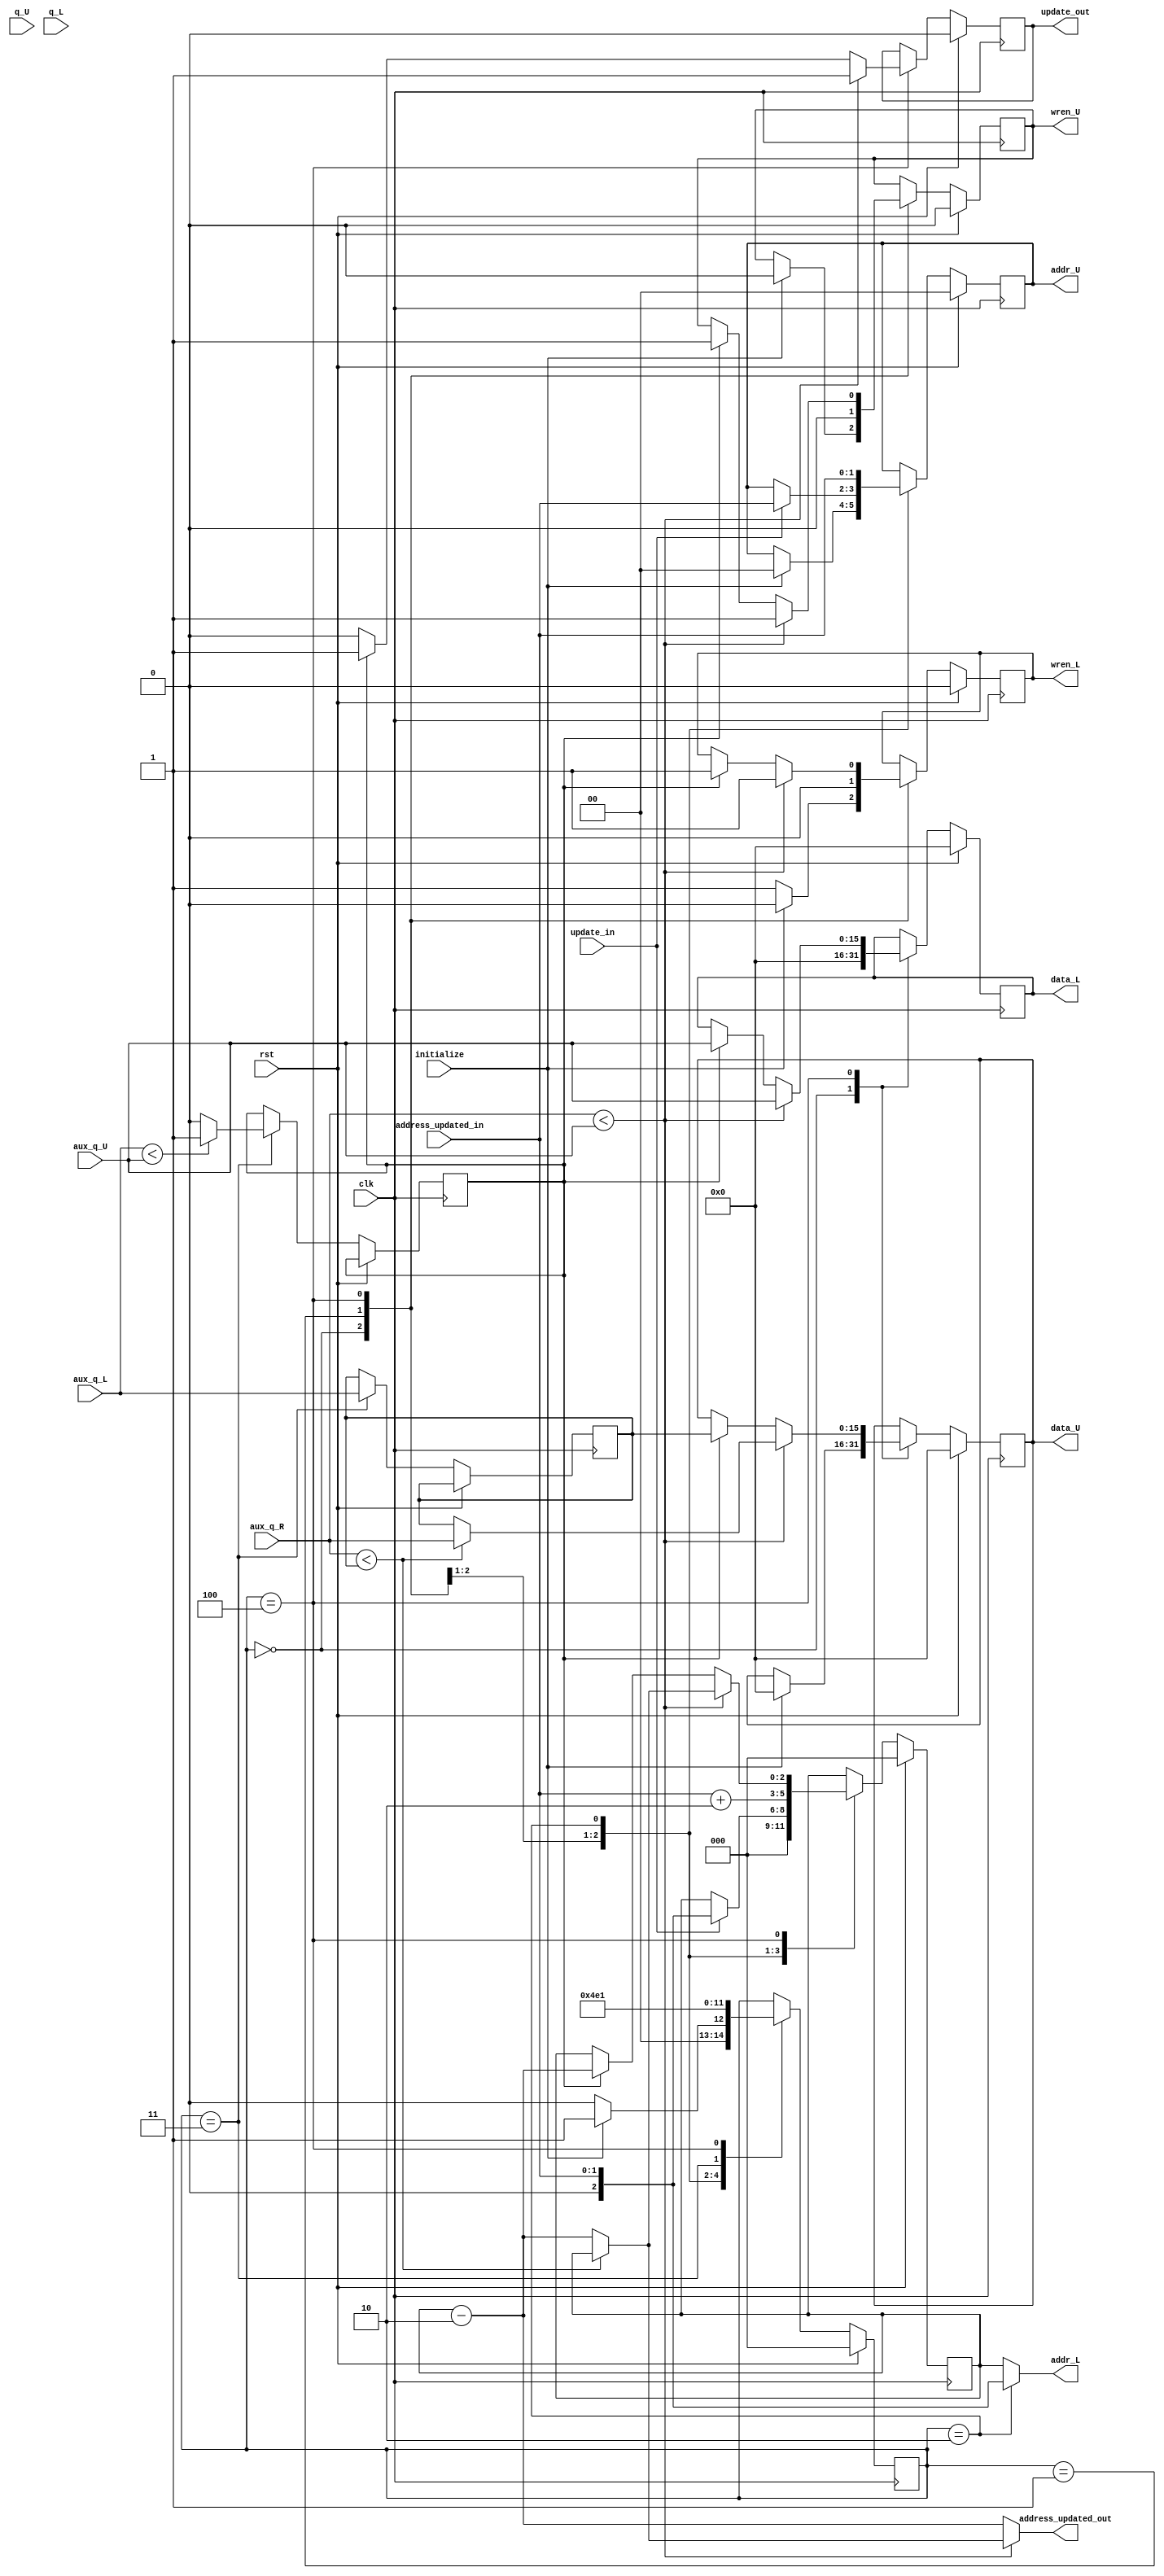
module sorting_node	 #(parameter LEVEL = 2,
								parameter WIDTH = 15,
								parameter LENGTH = 4)
(
	input clk,
	input rst,
	
	//conexo para upper records
	input [WIDTH:0] q_U,
	input [WIDTH:0] aux_q_U,
	output [WIDTH:0]data_U,
	output [LEVEL-1:0]addr_U,
	output wren_U,
	
	//conexo para lower records
	input [WIDTH:0] q_L,
	input [WIDTH:0] aux_q_L,
	input [WIDTH:0] aux_q_R,
	output [WIDTH:0] data_L,
	output [LEVEL:0]addr_L,
	output wren_L,
	
	//hand shaking
	input initialize,
	output update_out,
	input update_in,
	
	output [LEVEL:0]address_updated_out,
	input [LEVEL-1:0]address_updated_in
);


	
	localparam [2:0] Initial_State = 3'd0,					//declarao dos estados();
					  Step1 = 3'd1,
					  wait_level = 3'd2,
					  Step2_LN = 3'd3,
					  Step2_RN = 3'd4;	
	reg		[2:0] SM_sorting = 3'b000; 			// Declarao do registrador de estados
	
	//Declarao dos registradores 
	
	reg [LEVEL:0]addr_L_reg;
	reg [WIDTH:0] data_L_reg;
	
	reg [LEVEL-1:0]addr_U_reg;
	reg [WIDTH:0] data_U_reg;
	
	reg wren_L_reg = 0;
	reg wren_U_reg = 0;
	
	reg update_out_reg = 0;
	reg address_updated_out_reg = 0;
	reg [LEVEL-1:0]address_updated_in_reg = 0;

	
	reg upper_updated = 0;
	
	reg swap_LN = 0;
	reg [WIDTH:0] left = 0;
	
	reg [2:0] swap_flag = 0;
	
	/******* Processo principal - Maquina de estados *******/
	always @(posedge clk)
		if (rst)	// reseta todos os registradores
		begin
			SM_sorting <= Initial_State;
			data_U_reg <= 0;
			addr_U_reg <= 0;
			wren_U_reg <= 0;
			data_L_reg <= 0;
			addr_L_reg <= 0;
			wren_L_reg <= 0;
			update_out_reg <=0;
		end else
		begin
			case (SM_sorting)
			
				// Espera a inicializao do heapsort e limpa as memorias caso n seja inicializado
				Initial_State:
				begin
					if (initialize)
					begin
						SM_sorting <= Step1;
						data_U_reg <= 0;
						addr_U_reg <= 0;
						wren_U_reg <= 0;
						data_L_reg <= 0;
						addr_L_reg <= 0;
						wren_L_reg <= 0;
						address_updated_out_reg <= 0;
					end
					else
					begin
						SM_sorting <= Initial_State;
						data_L_reg <= 0;
						addr_L_reg <= 0;
						wren_L_reg <= 1;
					end
				end
				
				// esse passo pode ser otimizado
				// se n tiver update, fica nesse nivel ate ter update_in :)
				Step1:
				begin
					if (update_in)				
					begin
						SM_sorting <= wait_level ;
						addr_U_reg <= address_updated_in;
						wren_U_reg <= 0;
						addr_L_reg <= address_updated_in;
						wren_L_reg <= 0;
						upper_updated = 1;
					end
					else
						upper_updated = 0;
					wren_L_reg <= 0;
					wren_U_reg <= 0;
					SM_sorting <= wait_level;
				end
				
				//atraso para sincronizar os sorting nodes
				//enquanto um nodulo realiza o step 1 outro realiza os step 2
				wait_level:
				begin
					SM_sorting <= Step2_LN;
					addr_U_reg <= address_updated_in;
					addr_L_reg <= address_updated_in + (LENGTH/2);
				end
				
				// segundo passo, verifica o upper node com os lower nodes
				// verifica se o upper node  maior que o dado esquerdo
				Step2_LN:
				begin
					if (aux_q_L < aux_q_U)		//verifica se L < N
						swap_LN <= 1;				//uso de auxiliares por causa do atraso de leitura
					else								//e impossibilidade de leitura e escrita ao mesmo tempo
						swap_LN <= 0;
					left <= aux_q_L;				//registrador do dado esquerdo para comparao no prx nivel
					SM_sorting <= Step2_RN;
				end
				
				Step2_RN:
				begin
					if (aux_q_R < aux_q_U)		//verifica se R < N 
					begin
						if (aux_q_R < left)	//swap 3 ( R< N & R < L) 
						begin
							data_U_reg <= aux_q_R;
							data_L_reg <= aux_q_U;
							wren_L_reg <= 1;
							wren_U_reg <= 1;
							address_updated_out_reg = addr_L_reg;
							update_out_reg <= 1;
							addr_L_reg <= addr_L_reg; 
							SM_sorting <= Step1;				
							swap_flag = 1;
						end
						else					//Swap2 (L < N & L =< R)
						begin
							data_U_reg <= left;
							data_L_reg <= aux_q_U;
							wren_L_reg <= 1;
							wren_U_reg <= 1;
							addr_L_reg <= addr_L_reg - (LENGTH/2);
							address_updated_out_reg = addr_L_reg - (LENGTH/2);
							update_out_reg <= 1;
							SM_sorting <= Step1;					
							swap_flag = 2;
						end
					end	
					else
					begin
						if (swap_LN)		//Swap2 (L < N & L =< R)
						begin
							data_U_reg <= left;
							data_L_reg <= aux_q_U;
							wren_L_reg <= 1;
							wren_U_reg <= 1;
							addr_L_reg <= addr_L_reg - (LENGTH/2);
							address_updated_out_reg = addr_L_reg - (LENGTH/2);
							update_out_reg <= 1;
							SM_sorting <= Step1;					
							swap_flag = 3;
						end
						else
						begin
						SM_sorting <= Step1;
						update_out_reg <= 0;
						end
						
				SM_sorting <= Step1;
				end
				end
			endcase
		end
		
	
	
assign 	addr_L = (SM_sorting == wait_level ) ? address_updated_in :(SM_sorting == wait_level ) ? address_updated_in + (LENGTH/2) : addr_L_reg;
assign 	addr_U = addr_U_reg;

assign 	data_U = data_U_reg;
assign 	data_L = data_L_reg;

assign wren_L = wren_L_reg;
assign wren_U = wren_U_reg;

assign update_out = update_out_reg;
assign address_updated_out = (aux_q_R < aux_q_U) ? ((aux_q_R < left) ? addr_L_reg : addr_L_reg - (LENGTH/2) ) : addr_L_reg - (LENGTH/2); 



		
endmodule